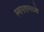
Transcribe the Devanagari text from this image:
स्वगतामध्ये